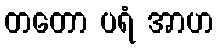
တတော ပရံ အာဟ